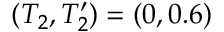
( T _ { 2 } , T _ { 2 } ^ { \prime } ) = ( 0 , 0 . 6 )